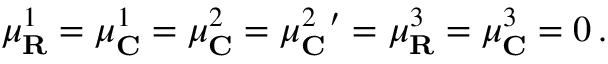
\mu _ { \mathbf { R } } ^ { 1 } = \mu _ { \mathbf { C } } ^ { 1 } = \mu _ { \mathbf { C } } ^ { 2 } = \mu _ { \mathbf { C } } ^ { 2 \, \, \, \prime } = \mu _ { \mathbf { R } } ^ { 3 } = \mu _ { \mathbf { C } } ^ { 3 } = 0 \, .